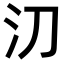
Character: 𣱼